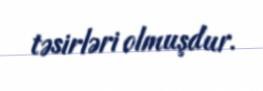
təsirləri olmuşdur.